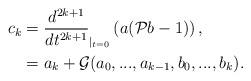
LaTeX: \begin{align*} c_{k}&=\frac{d^{2k+1}}{dt^{2k+1}}_{|_{t=0}}\left(a (\mathcal{P}b-1)\right),\\ &=a_{k}+\mathcal{G}(a_{0},...,a_{k-1},b_{0},...,b_{k}).\end{align*}